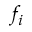
f _ { i }